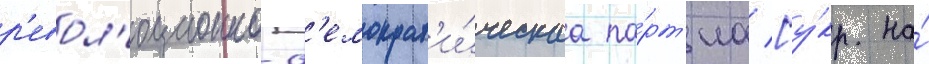
р'евол'юционно-д'емократ'и́ческаа па́рт'иа [у́кр. на́